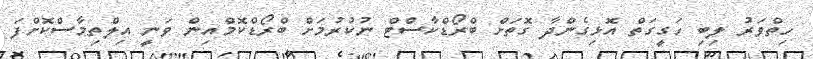
ހިތްވަރު ލިބި ހަގީގަތް އޮޅިގެންދާ ގޮތަށް ބްރޯޑްކާސްޓް ނުކުރުމަށް ބްރޯޑްކޮމްއިން ވަނީ އިލްތިމާސްކޮށްފަ